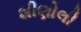
શીણોલી